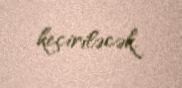
keçiriləcək.